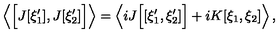
\left\langle \Bigl [ J [ \xi _ { 1 } ^ { \prime } ] , J [ \xi _ { 2 } ^ { \prime } ] \Bigr ] \right\rangle = \left\langle i J \Bigl [ [ \xi _ { 1 } ^ { \prime } , \xi _ { 2 } ^ { \prime } ] \Bigr ] + i K [ \xi _ { 1 } , \xi _ { 2 } ] \right\rangle ,